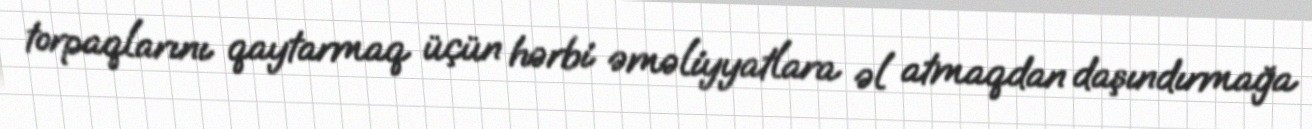
torpaqlarını qaytarmaq üçün hərbi əməliyyatlara əl atmaqdan daşındırmağa